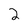
Character: 2